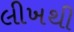
લીખથી